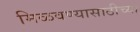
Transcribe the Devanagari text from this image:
मिळवण्यासाठीच्या